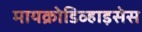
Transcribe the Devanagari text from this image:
मायक्रोडिव्हाइसेस